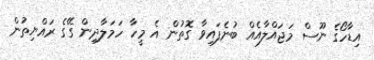
އިޑާހޯގެ ނޫސް މަޖައްލާއެއް ބުނެފައިވާ ގޮތުން އެ މީހާ ހަމަލާދިން ގޭގެ ރައްޔިތުން